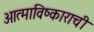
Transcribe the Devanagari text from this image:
आत्माविष्काराची